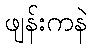
ဖျန်းကနဲ